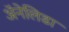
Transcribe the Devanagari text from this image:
ॲनेलिडा